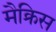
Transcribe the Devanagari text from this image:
मैक्रिस